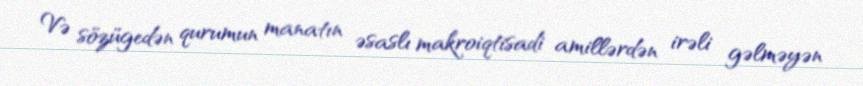
Və sözügedən qurumun manatın əsaslı makroiqtisadi amillərdən irəli gəlməyən